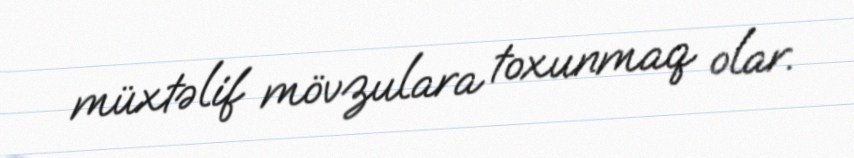
müxtəlif mövzulara toxunmaq olar.